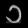
Digit: ၁